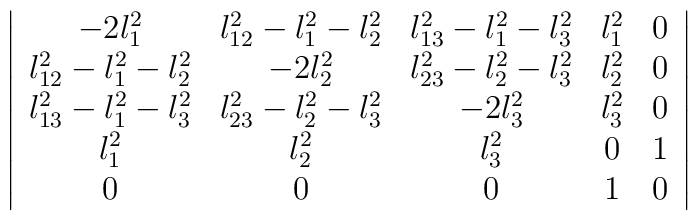
\left|\begin{array}{ccccc}-2l_1^2                & l_{12}^2-l_1^2-l_2^2 & l_{13}^2-l_1^2-l_3^2 & l_1^2 & 0\\l_{12}^2-l_1^2-l_2^2 & -2l_2^2                & l_{23}^2-l_2^2-l_3^2 & l_2^2 & 0\\l_{13}^2-l_1^2-l_3^2 & l_{23}^2-l_2^2-l_3^2 & -2l_3^2                & l_3^2 & 0 \\l_1^2                 & l_2^2                 & l_3^2                 &    0  & 1 \\0                     & 0                     & 0                     &    1  & 0\end{array}\right|